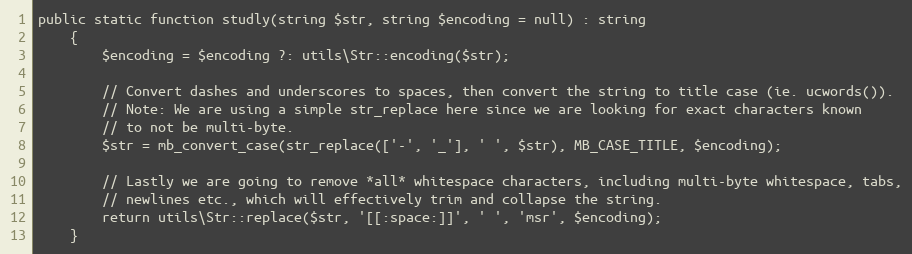
Language: PHP
public static function studly(string $str, string $encoding = null) : string
    {
        $encoding = $encoding ?: utils\Str::encoding($str);

        // Convert dashes and underscores to spaces, then convert the string to title case (ie. ucwords()).
        // Note: We are using a simple str_replace here since we are looking for exact characters known
        // to not be multi-byte.
        $str = mb_convert_case(str_replace(['-', '_'], ' ', $str), MB_CASE_TITLE, $encoding);

        // Lastly we are going to remove *all* whitespace characters, including multi-byte whitespace, tabs,
        // newlines etc., which will effectively trim and collapse the string.
        return utils\Str::replace($str, '[[:space:]]', ' ', 'msr', $encoding);
    }